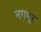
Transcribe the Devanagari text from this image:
नगपूर